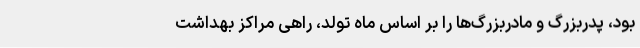
بود، پدربزرگ و مادربزرگ‌ها را بر اساس ماه تولد، راهی مراکز بهداشت